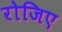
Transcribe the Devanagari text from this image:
रोजिए